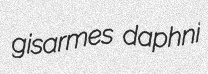
gisarmes daphni